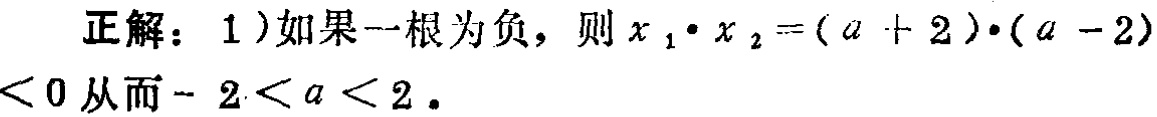
正解：1）如果一根为负，则 \(x_1\cdot x_2=(a + 2)\cdot(a - 2)<0\) 从而\(- 2 < a < 2\)。